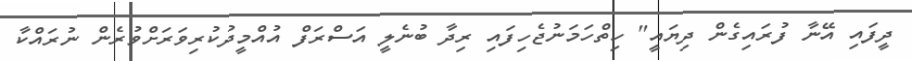
ދީފައި އޭނާ ފުރައިގެން ދިޔައީ" ހިތްހަމަނުޖެހިފައި ރިދާ ބުނެލީ އަސްރަފް އުއްމީދުކުރިވަރަށްވުރެން ނުރައްކާ